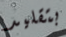
بتقليد